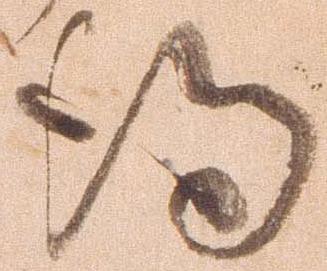
得